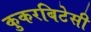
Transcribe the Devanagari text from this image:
कुकरबिटेसी